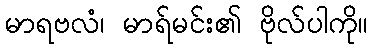
မာရဗလံ၊ မာရ်မင်း၏ ဗိုလ်ပါကို။